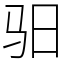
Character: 驲